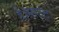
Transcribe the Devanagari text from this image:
है।माउंट